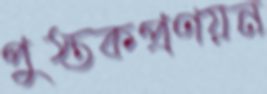
পুস্তকপ্রণয়ন